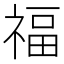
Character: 福